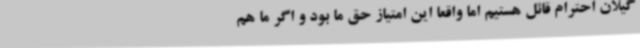
گیلان احترام قائل هستیم اما واقعاً این امتیاز حق ما بود و اگر ما هم